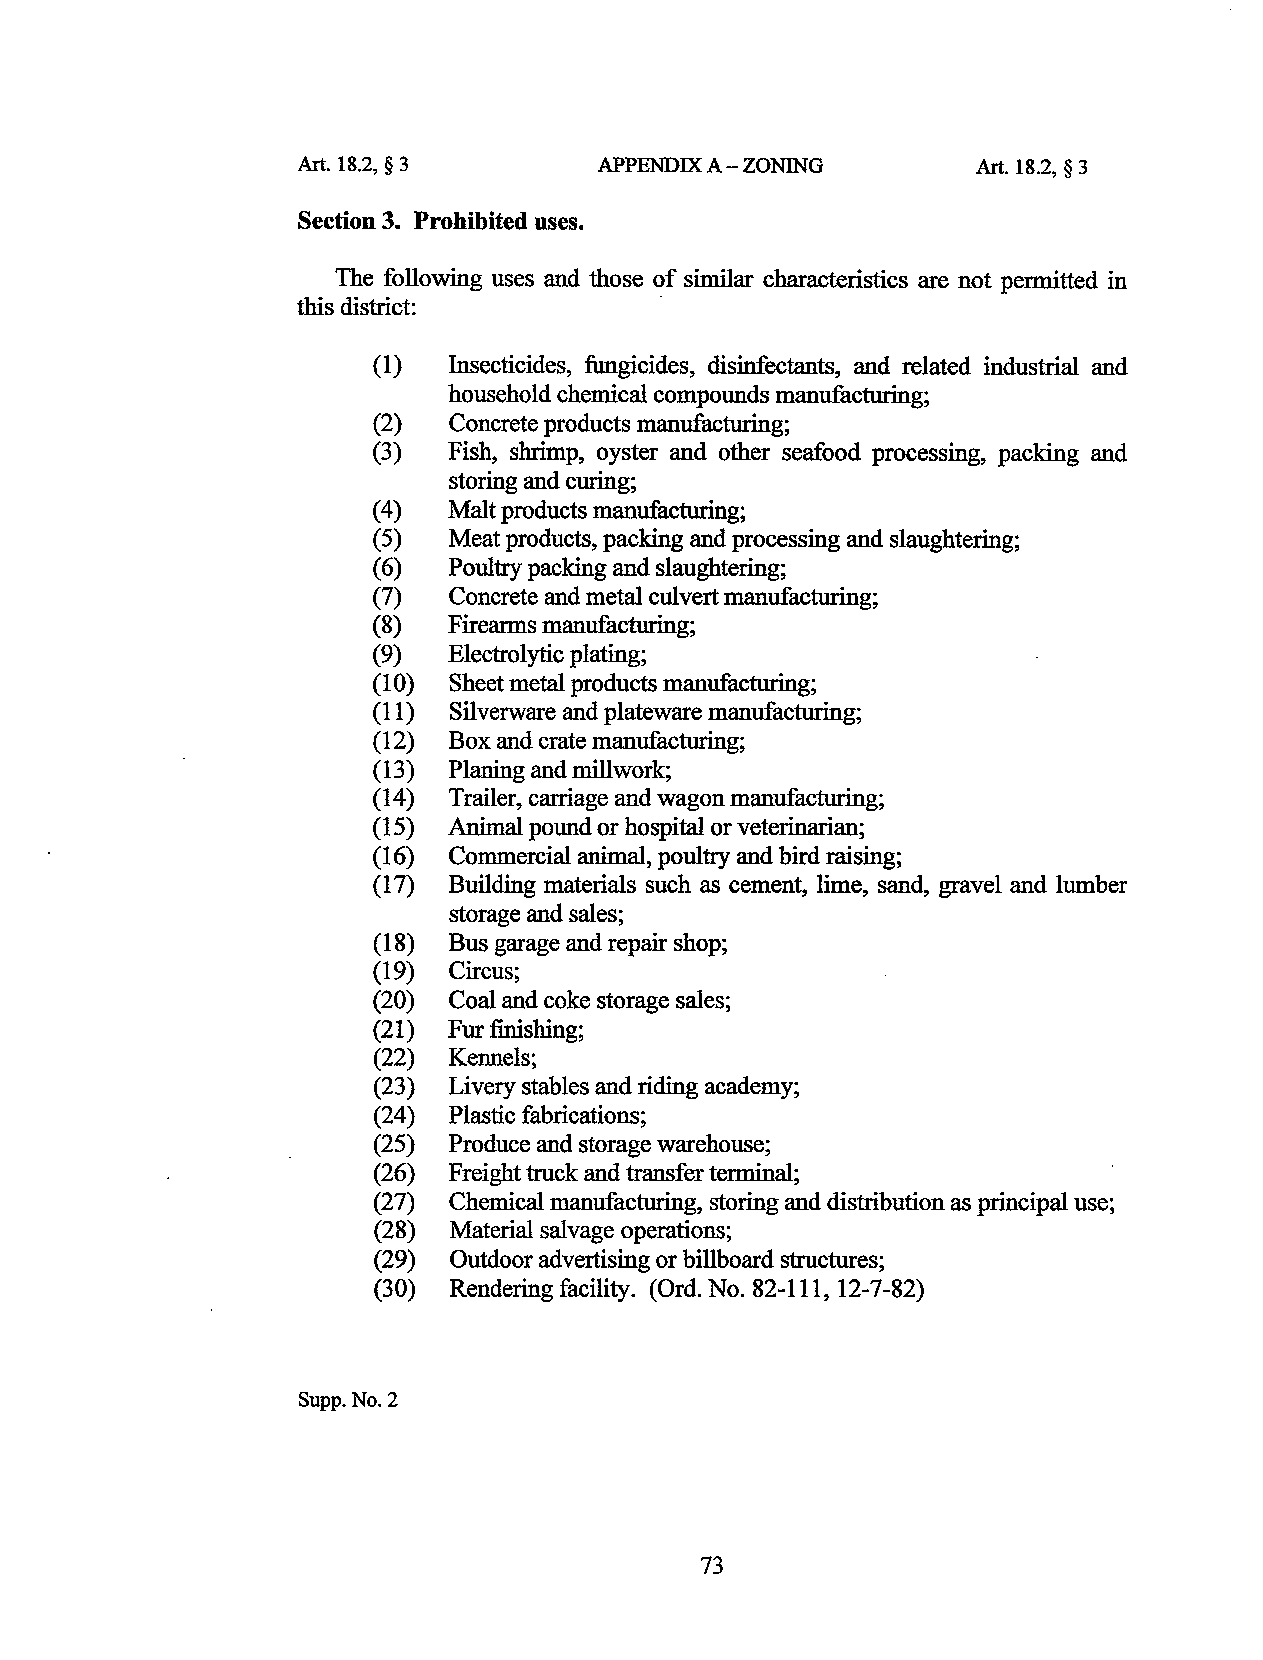
Art. 18.2, § 3      APPENDIX A-ZONING        Art. 18.2, § 3
 Section 3. Prohibited uses.
 The following uses and those of similar characteristics are not permitted in
 this district:          ·
 (1)  Insecticides, fungicides, disinfectants, and related industrial and
 household chemical compounds manufacturing;
 (2)  Concrete products manufacturing;
 (3)  Fish, shrimp, oyster and other seafood processing, packing and
 storing and curing;
 (4 ) Malt products manufacturing;
 ( 5) Meat products, packing and processing and slaughtering;
 (6 ) Poultry packing and slaughtering;
 (7)  Concrete and metal culvert manufacturing;
 (8)  Firearms manufacturing;
 (9)  Electrolytic plating;
 (1 0) Sheet metal products manufacturing;
 (11) Silverware and plateware manufacturing;
 (12) Box and crate manufacturing;
 (13) Planing and millwork;
 (14) Trailer, carriage and wagon manufacturing;
 (15) Animal pound or hospital or veterinarian;
 (16) Commercial anima], poultry and bird raising;
 (17) Building materials such as cement, lime, sand, gravel and lumber
 storage and sales;
 (18) Bus garage and repair shop;
 (19) Circus;
 (20) Coal and coke storage sales;
 (21) Fur finishing;
 (22) Kennels;
 (23) Livery stables and riding academy;
 (24) Plastic fabrications;
 (25) Produce and storage warehouse;
 (26) Freight truck and transfer terminal;
 (27) Chemical manufacturing, storing and distribution as principal use;
 (28) Material salvage operations;
 (29) Outdoor advertising or billboard structures;
 (30) Rendering facility. (Ord. No. 82-111, 12-7-82)
 Supp.No.2
 73